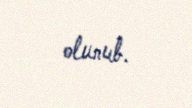
olunub.